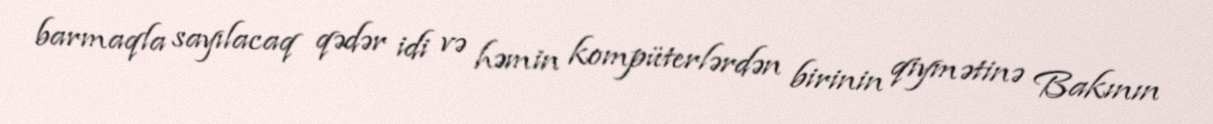
barmaqla sayılacaq qədər idi və həmin kompüterlərdən birinin qiymətinə Bakının